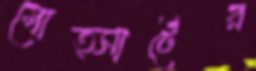
মোত্সার্টের